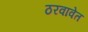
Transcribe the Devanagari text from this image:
ठरवावेत